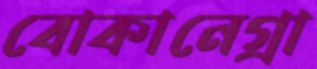
বোকানেগ্রা